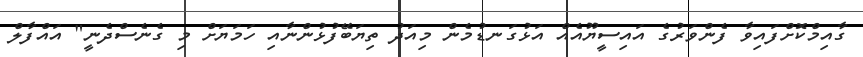
ގާއިމްކޮށްފައިވާ ފެންވަރުގެ އައިސީޔޫއެއް އަޅުގަނޑުމެން މިއަދު ތިޔަބޭފުޅުންނާއި ހަމަޔަށް މި ގެނެސްދެނީ" އައްފާލް